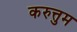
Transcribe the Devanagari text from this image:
करुत्तुम